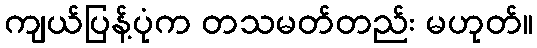
ကျယ်ပြန့်ပုံက တသမတ်တည်း မဟုတ်။